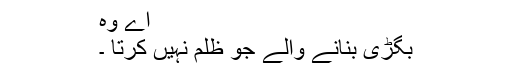
اے وہ
بگڑی بنانے والے جو ظلم نہیں کرتا ۔